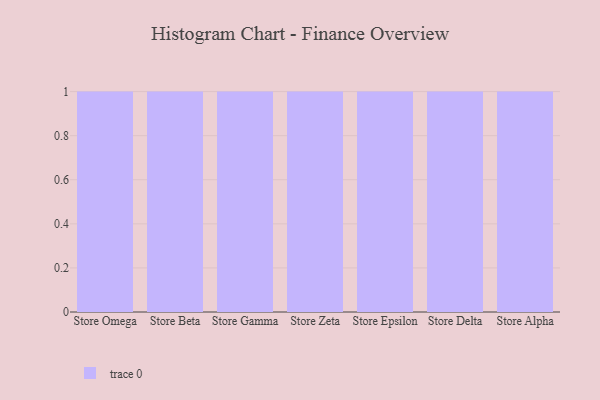
{"axis": {"x": "Store", "y": "Website Visitors"}, "legend": [""], "data": [{"x": "Store Omega", "y": 22, "type": ""}, {"x": "Store Beta", "y": 68, "type": ""}, {"x": "Store Gamma", "y": 58, "type": ""}, {"x": "Store Zeta", "y": 2, "type": ""}, {"x": "Store Epsilon", "y": 28, "type": ""}, {"x": "Store Delta", "y": 91, "type": ""}, {"x": "Store Alpha", "y": 7, "type": ""}]}